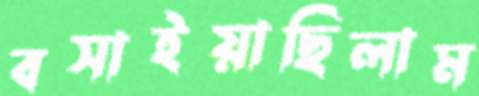
বসাইয়াছিলাম